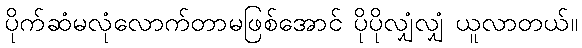
ပိုက်ဆံမလုံလောက်တာမဖြစ်အောင် ပိုပိုလျှံလျှံ ယူလာတယ်။